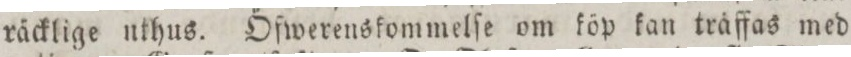
räcklige nthus. Öfwerenskommelſe om köp kan träffas med